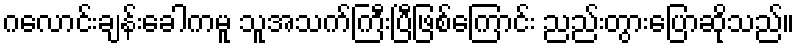
ဂလောင်းချန်းခေါကမူ သူအသက်ကြီးပြီဖြစ်ကြောင်း ညည်းတွားပြောဆိုသည်။